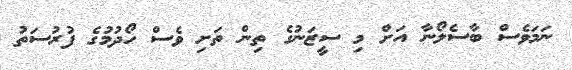
ނަމަވެސް ބާސެލޯނާ އަށް މި ސީޒަނުގެ ތިން ތަށި ވެސް ހޯދުމުގެ ފުރުސަތު